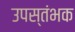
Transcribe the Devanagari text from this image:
उपस्तंभक